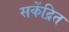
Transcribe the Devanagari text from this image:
सकेंद्रित